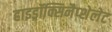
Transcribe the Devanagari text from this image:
हाइड्रॉक्सिनैप्शेलेट